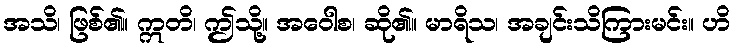
အသိ၊ ဖြစ်၏။ ဣတိ၊ ဤသို့။ အဝေါစ၊ ဆို၏။ မာရိသ၊ အချင်းသိကြားမင်း။ ဟိ